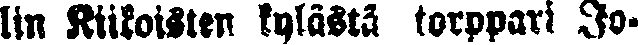
lin Kiikoisten kylästä torppari Jo-